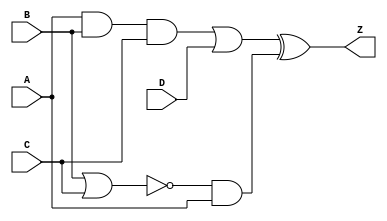
`timescale 1ns/1ps


module q2 (
    output wire Z,
    input wire A, B, C, D
);

    wire L,M,N,O,P;

    assign #5 L = A & B & C;
    assign #5 M = L | D;
    assign #5 N = ~(B|C);
    assign #5 O = ~(N & A);
    assign #2 P = ~O;
    assign #5 Z = M ^ P; 
    
endmodule